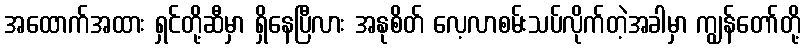
အထောက်အထား ရှင်တို့ဆီမှာ ရှိနေပြီလား အနုစိတ် လေ့လာစမ်းသပ်လိုက်တဲ့အခါမှာ ကျွန်တော်တို့